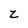
Character: z